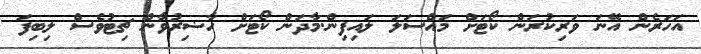
އަހަރެން އޭނަ ވަރިކުރަން ކޯޓަށް މައްސަލަ ލައިފިން.މާދަން ކޯޓަށް ހާޟިރުވާން ޗިޓުވެސް ލިބިފަ